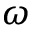
\omega